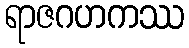
ရာဇဂဟကဿ